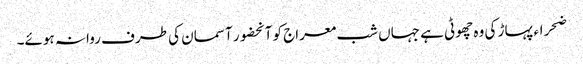
ضحراء پہاڑ کی وہ چھوٹی ہے جہاں شب معراج کو آنحضور آسمان کی طرف روانہ ہوئے۔